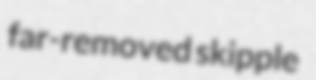
far-removed skipple